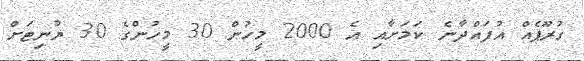
ގުރޫޕެއް އުފައްދާނެ ކަމަށާއި އެ 2000 މީހުން 30 މީހުންގެ 30 ޔުނިޓަށް